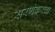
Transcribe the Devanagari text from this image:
सरणंकरचा